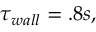
\tau _ { w a l l } = . 8 s ,